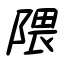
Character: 隈